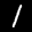
Label: 1